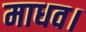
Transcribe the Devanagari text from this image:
माधव।